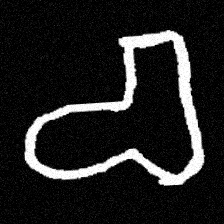
Pyu character \u2014 Myanmar letter: စ (romanized: ca)